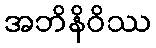
အဘိနိဝိဿ